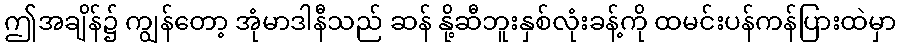
ဤအချိန်၌ ကျွန်တော့ အုံမာဒါနီသည် ဆန် နို့ဆီဘူးနှစ်လုံးခန့်ကို ထမင်းပန်ကန်ပြားထဲမှာ